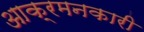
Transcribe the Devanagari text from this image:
आक्रमनकारी